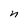
Character: n